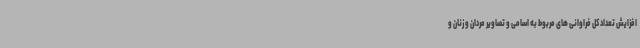
افزایش تعداد کل فراوانی های مربوط به اسامی و تصاویر مردان و زنان و